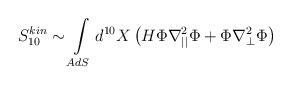
LaTeX: \begin{align*}S^{kin}_{10}\sim\int\limits_{AdS}d^{10}X\left(H\Phi\nabla^2_{||}\Phi+\Phi\nabla^2_{\perp}\Phi\right)\end{align*}